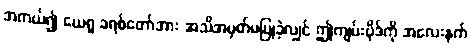
အကယ်၍ ယေရှု ခရစ်တော်အား အသိအမှတ်မပြုခဲ့လျှင် ဤကျမ်းပိုဒ်ကို အလေးနက်